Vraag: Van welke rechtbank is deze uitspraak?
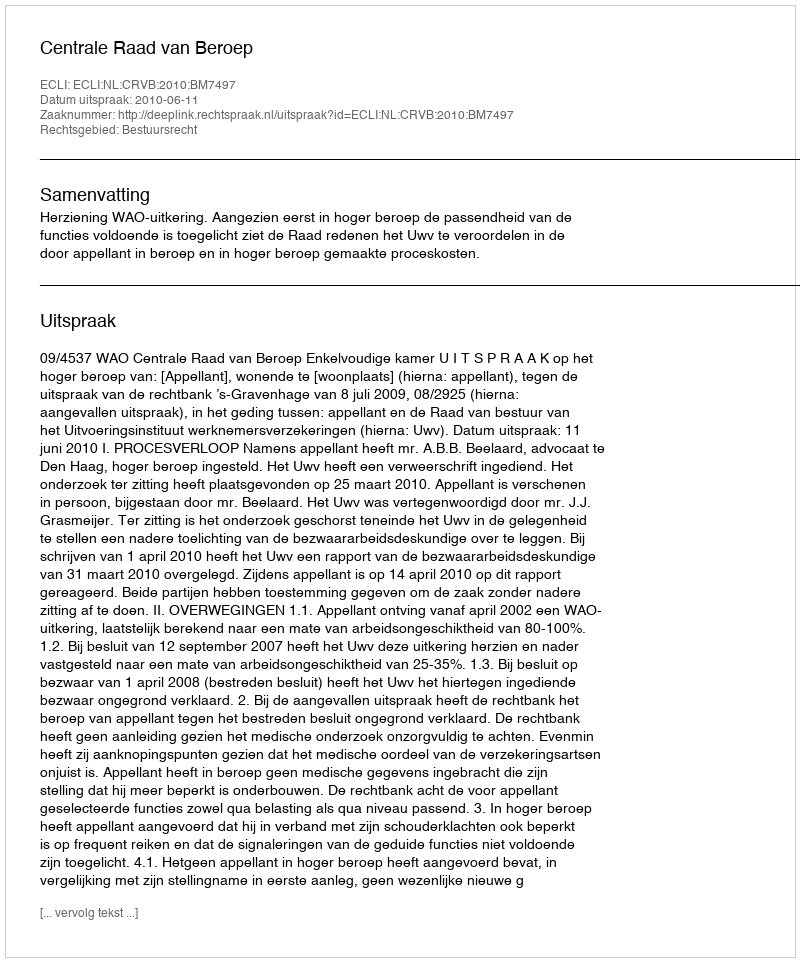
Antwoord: Centrale Raad van Beroep